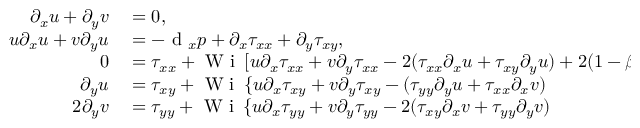
\begin{array} { r l } { \partial _ { x } u + \partial _ { y } v } & { { } = 0 , } \\ { u \partial _ { x } u + v \partial _ { y } u } & { { } = - \textrm { d } _ { x } p + \partial _ { x } \tau _ { x x } + \partial _ { y } \tau _ { x y } , } \\ { 0 } & { { } = \tau _ { x x } + \textrm { W i } \, [ u \partial _ { x } \tau _ { x x } + v \partial _ { y } \tau _ { x x } - 2 ( \tau _ { x x } \partial _ { x } u + \tau _ { x y } \partial _ { y } u ) + 2 ( 1 - \beta ) ( \partial _ { y } u ) ^ { 2 } ] , } \\ { \partial _ { y } u } & { { } = \tau _ { x y } + \textrm { W i } \, \{ u \partial _ { x } \tau _ { x y } + v \partial _ { y } \tau _ { x y } - ( \tau _ { y y } \partial _ { y } u + \tau _ { x x } \partial _ { x } v ) } \\ { 2 \partial _ { y } v } & { { } = \tau _ { y y } + \textrm { W i } \, \{ u \partial _ { x } \tau _ { y y } + v \partial _ { y } \tau _ { y y } - 2 ( \tau _ { x y } \partial _ { x } v + \tau _ { y y } \partial _ { y } v ) } \end{array}